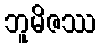
ဘူမိဇဿ